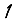
Digit: 1